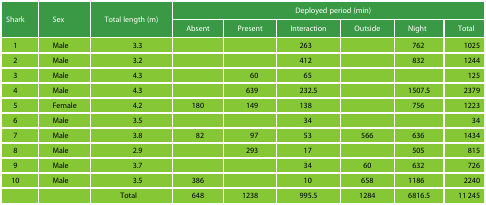
<table><thead><tr><td rowspan="2"><b>Shark</b></td><td rowspan="2"><b>Sex</b></td><td rowspan="2"><b>Total length (m)</b></td><td colspan="6"><b>Deployed period (min)</b></td></tr><tr><td><b>Absent</b></td><td><b>Present</b></td><td><b>Interaction</b></td><td><b>Outside</b></td><td><b>Night</b></td><td><b>Total</b></td></tr></thead><tbody><tr><td>1</td><td>Male</td><td>3.3</td><td></td><td></td><td>263</td><td></td><td>762</td><td>1025</td></tr><tr><td>2</td><td>Male</td><td>3.2</td><td></td><td></td><td>412</td><td></td><td>832</td><td>1244</td></tr><tr><td>3</td><td>Male</td><td>4.3</td><td></td><td>60</td><td>65</td><td></td><td></td><td>125</td></tr><tr><td>4</td><td>Male</td><td>4.3</td><td></td><td>639</td><td>232.5</td><td></td><td>1507.5</td><td>2379</td></tr><tr><td>5</td><td>Female</td><td>4.2</td><td>180</td><td>149</td><td>138</td><td></td><td>756</td><td>1223</td></tr><tr><td>6</td><td>Male</td><td>3.5</td><td></td><td></td><td>34</td><td></td><td></td><td>34</td></tr><tr><td>7</td><td>Male</td><td>3.8</td><td>82</td><td>97</td><td>53</td><td>566</td><td>636</td><td>1434</td></tr><tr><td>8</td><td>Male</td><td>2.9</td><td></td><td>293</td><td>17</td><td></td><td>505</td><td>815</td></tr><tr><td>9</td><td>Male</td><td>3.7</td><td></td><td></td><td>34</td><td>60</td><td>632</td><td>726</td></tr><tr><td>10</td><td>Male</td><td>3.5</td><td>386</td><td></td><td>10</td><td>658</td><td>1186</td><td>2240</td></tr><tr><td></td><td></td><td>Total</td><td>648</td><td>1238</td><td>995.5</td><td>1284</td><td>6816.5</td><td>11 245</td></tr></tbody></table>